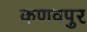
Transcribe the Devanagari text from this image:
कणवपुर